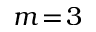
m \! = \! 3